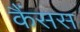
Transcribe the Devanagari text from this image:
कैंसस